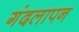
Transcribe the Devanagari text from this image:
गंदलापन